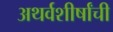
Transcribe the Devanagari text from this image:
अथर्वशीर्षांची